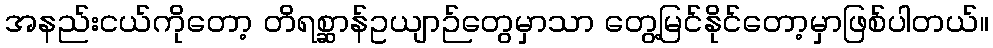
အနည်းငယ်ကိုတော့ တိရစ္ဆာန်ဥယျာဉ်တွေမှာသာ တွေ့မြင်နိုင်တော့မှာဖြစ်ပါတယ်။